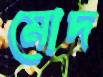
মোদ